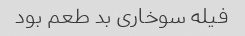
فیله سوخاری بد طعم بود